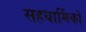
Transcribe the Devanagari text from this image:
सहधार्मिकों